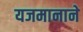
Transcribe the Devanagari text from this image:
यजमानाने